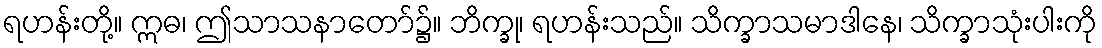
ရဟန်းတို့။ ဣဓ၊ ဤသာသနာတော်၌။ ဘိက္ခု၊ ရဟန်းသည်။ သိက္ခာသမာဒါနေ၊ သိက္ခာသုံးပါးကို